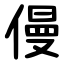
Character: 僈